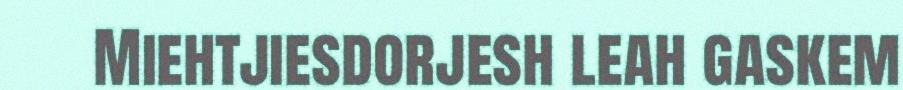
Miehtjiesdorjesh leah gaskem